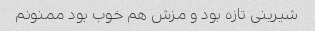
شیرینی تازه بود و مزش هم خوب بود ممنونم